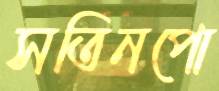
সতিনপো